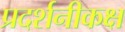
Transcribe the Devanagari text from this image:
प्रदर्शनीकक्ष